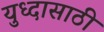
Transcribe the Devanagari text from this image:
युध्दासाठी